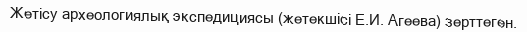
Жетісу археологиялық экспедициясы (жетекшісі Е.И. Агеева) зерттеген.